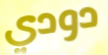
دودي